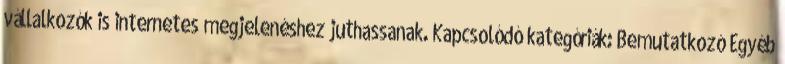
vállalkozók is internetes megjelenéshez juthassanak. Kapcsolódó kategóriák: Bemutatkozó Egyéb